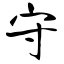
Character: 守